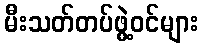
မီးသတ်တပ်ဖွဲ့ဝင်များ